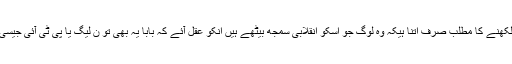
پیپلز پارٹی پر لکھنے کا مطلب صرف اتنا ہیکہ وہ لوگ جو اسکو انقلابی سمجھ بیٹھے ہیں انکو عقل آئے کہ بابا یہ بھی تو ن لیگ یا پی ٹی آئی جیسی پارٹی ہی ہے۔